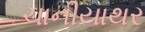
ચાનીયાથર